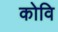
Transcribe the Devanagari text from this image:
कोवि